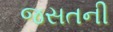
જસતની